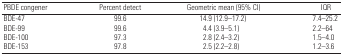
<table><thead><tr><td><b>PBDE congener</b></td><td><b>Percent detect</b></td><td><b>Geometric mean (95% CI)</b></td><td><b>IQR</b></td></tr></thead><tbody><tr><td>BDE-47</td><td>99.6</td><td>14.9 (12.9–17.2)</td><td>7.4–25.2</td></tr><tr><td>BDE-99</td><td>99.6</td><td>4.4 (3.9–5.1)</td><td>2.2–64</td></tr><tr><td>BDE-100</td><td>97.3</td><td>2.8 (2.4–3.2)</td><td>1.5–4.0</td></tr><tr><td>BDE-153</td><td>97.8</td><td>2.5 (2.2–2.8)</td><td>1.2–3.6</td></tr></tbody></table>